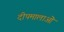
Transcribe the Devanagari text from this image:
दीपमालाओं